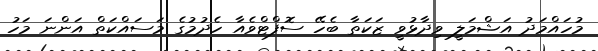
މުހައްމަދު އަޝްމަލީ ވިދާޅުވީ ޒަކަތާ ބެހޭ ސޮފްޓްވެއާ ހެދުމުގެ މަސައްކަތް އަންނަ މަހު